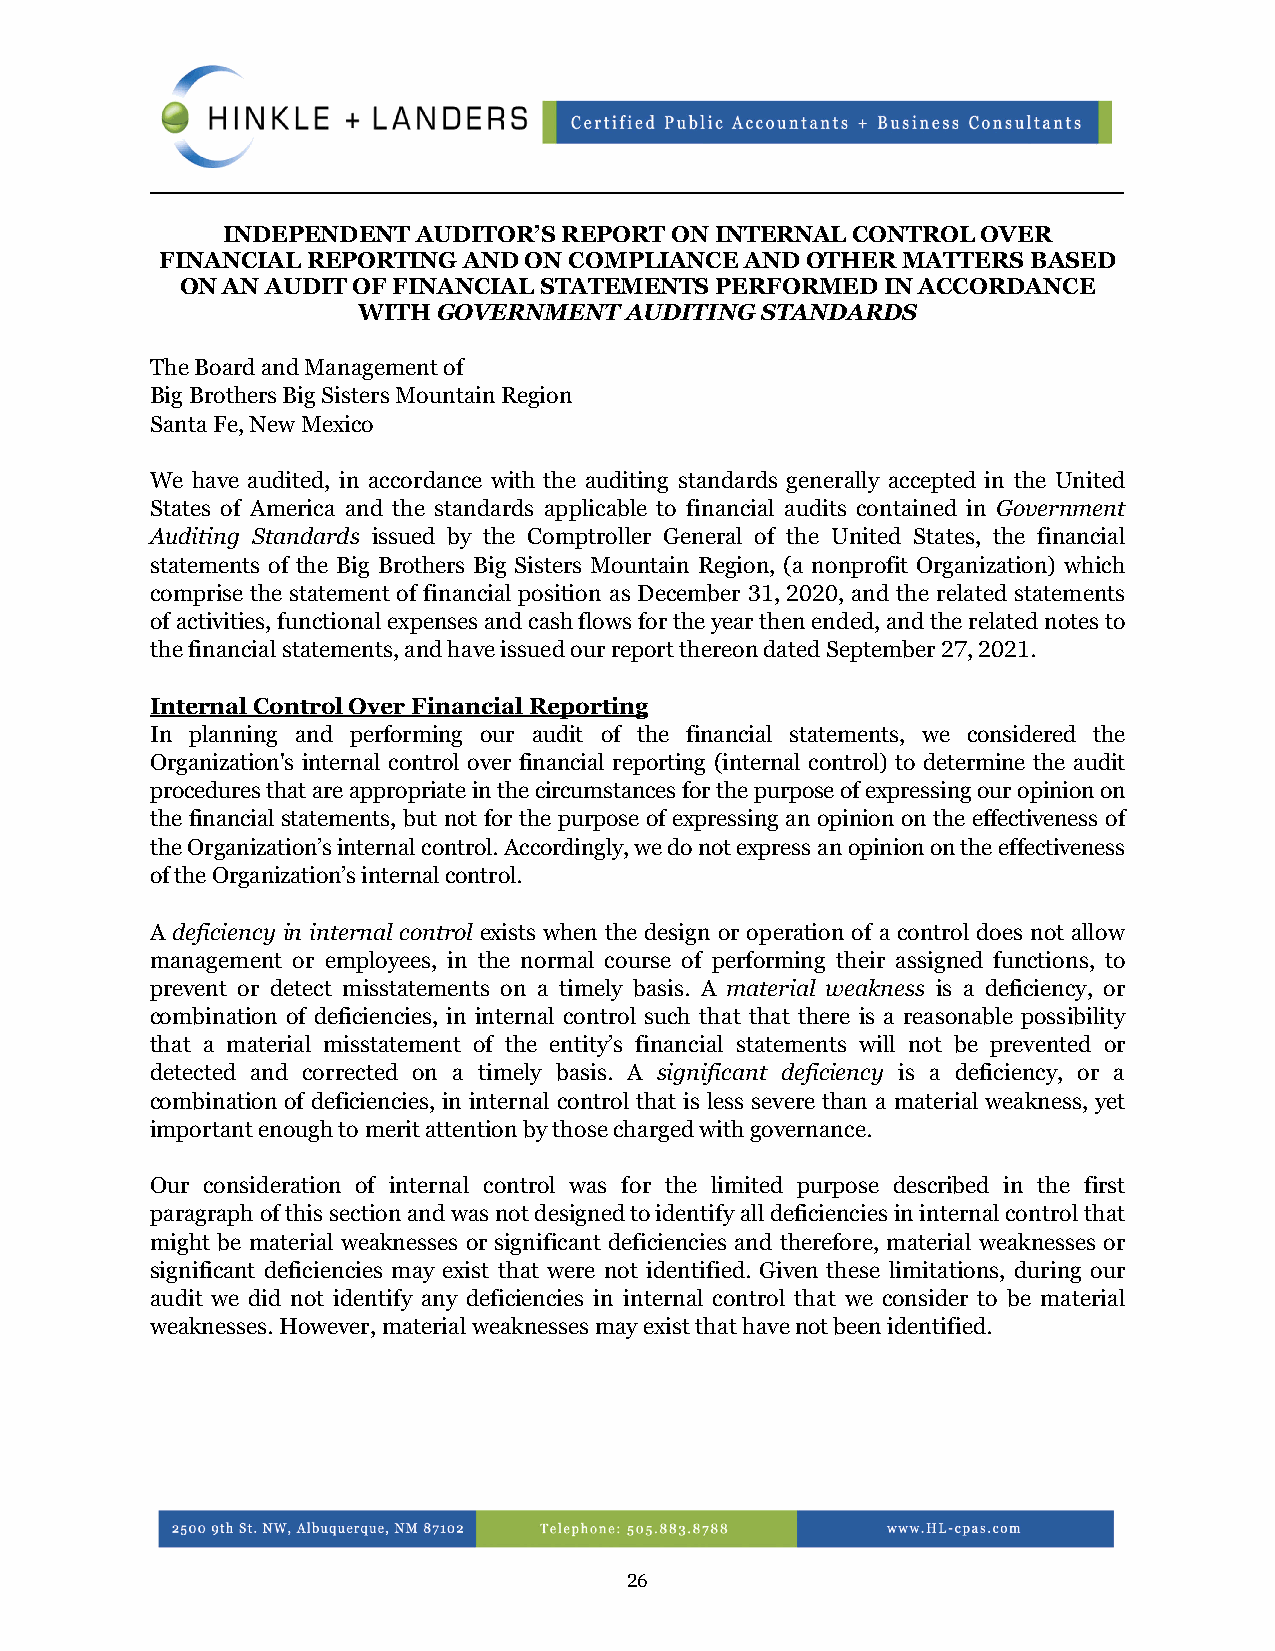
INDEPENDENT  AUDITOR’S REPORT ON INTERNAL CONTROL OVER
 FINANCIAL REPORTING AND ON COMPLIANCE AND OTHER  MATTERS BASED
 ON AN AUDIT OF FINANCIAL STATEMENTS PERFORMED  IN ACCORDANCE
 WITH GOVERNMENT  AUDITING STANDARDS
 The Board and Management of
 Big Brothers Big Sisters Mountain Region
 Santa Fe, New Mexico
 We have audited, in accordance with the auditing standards generally accepted in the United
 States of America and the standards applicable to financial audits contained in Government
 Auditing Standards issued by the Comptroller General of the United States, the financial
 statements of the Big Brothers Big Sisters Mountain Region, (a nonprofit Organization) which
 comprise the statement of financial position as December 31, 2020, and the related statements
 of activities, functional expenses and cash flows for the year then ended, and the related notes to
 the financial statements, and have issued our report thereon dated September 27, 2021.
 Internal Control Over Financial Reporting
 In planning and performing our audit of the financial statements, we considered the
 Organization's internal control over financial reporting (internal control) to determine the audit
 procedures that are appropriate in the circumstances for the purpose of expressing our opinion on
 the financial statements, but not for the purpose of expressing an opinion on the effectiveness of
 the Organization’s internal control. Accordingly, we do not express an opinion on the effectiveness
 of the Organization’s internal control.
 A deficiency in internal control exists when the design or operation of a control does not allow
 management or employees, in the normal course of performing their assigned functions, to
 prevent or detect misstatements on a timely basis. A material weakness is a deficiency, or
 combination of deficiencies, in internal control such that that there is a reasonable possibility
 that a material misstatement of the entity’s financial statements will not be prevented or
 detected and corrected on a timely basis. A significant deficiency is a deficiency, or a
 combination of deficiencies, in internal control that is less severe than a material weakness, yet
 important enough to merit attention by those charged with governance.
 Our consideration of internal control was for the limited purpose described in the first
 paragraph of this section and was not designed to identify all deficiencies in internal control that
 might be material weaknesses or significant deficiencies and therefore, material weaknesses or
 significant deficiencies may exist that were not identified. Given these limitations, during our
 audit we did not identify any deficiencies in internal control that we consider to be material
 weaknesses. However, material weaknesses may exist that have not been identified.
 26